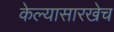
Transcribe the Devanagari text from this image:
केल्यासारखेच